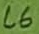
Text: C6